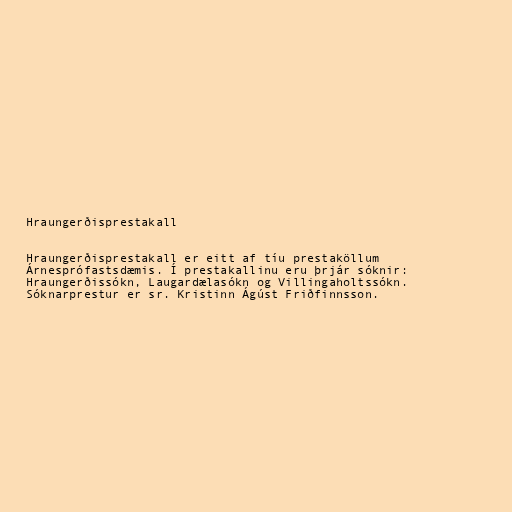
Hraungerðisprestakall

Hraungerðisprestakall er eitt af tíu prestaköllum
Árnesprófastsdæmis. Í prestakallinu eru þrjár sóknir:
Hraungerðissókn, Laugardælasókn og Villingaholtssókn.
Sóknarprestur er sr. Kristinn Ágúst Friðfinnsson.